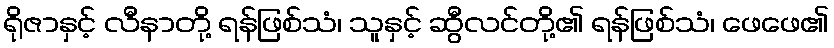
ရိုဇာနှင့် လီနာတို့ ရန်ဖြစ်သံ၊ သူနှင့် ဆွီလင်တို့၏ ရန်ဖြစ်သံ၊ ဖေဖေ၏